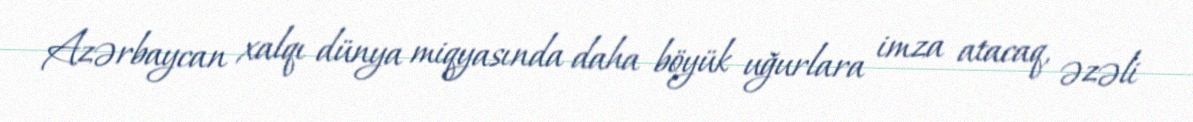
Azərbaycan xalqı dünya miqyasında daha böyük uğurlara imza atacaq, əzəli